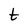
Character: t